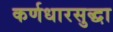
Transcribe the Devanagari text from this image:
कर्णधारसुद्धा